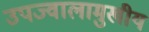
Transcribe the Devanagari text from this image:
उपज्वालामुखीय